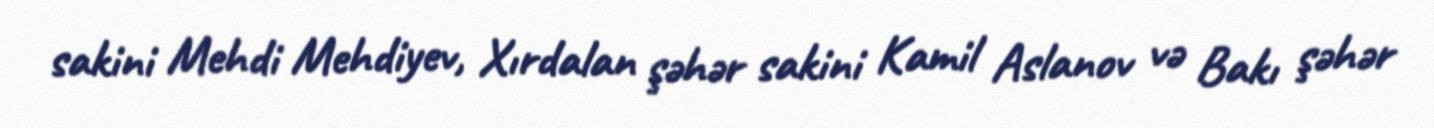
sakini Mehdi Mehdiyev, Xırdalan şəhər sakini Kamil Aslanov və Bakı şəhər